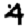
Digit: 4